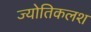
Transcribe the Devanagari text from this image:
ज्योतिकलश